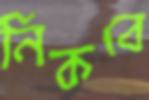
নিকবে